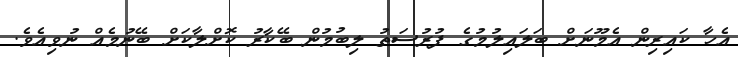
އެހާ ކައިރިން އެމޫނަށް ބަލައިލުމުގެ ފުރުސަތު ލިބުމުން ބޭކާރު ކޮށްލާކަށް ބޭނުމެއް ނުވިއެވެ.